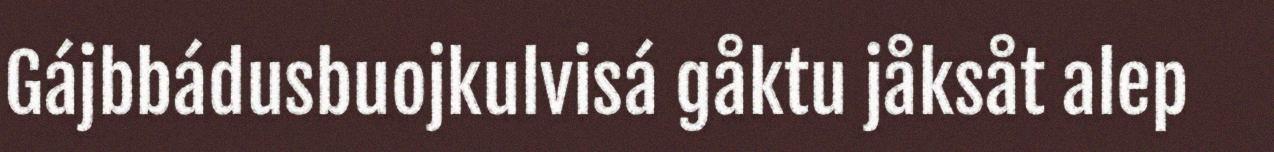
Gájbbádusbuojkulvisá gåktu jåksåt alep